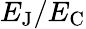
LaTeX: E_{\mathrm{{J}}}/E_{\mathrm{{C}}}